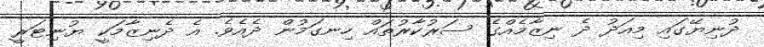
ދުނިޔޭގައި މިއަދު ދެ ނިޒާމެއްގެ ސަރުކާރުތައް ހިނގަމުން ދެއެވެ. އެ ދެނިޒާމަކީ ޔުނިޓަރީ